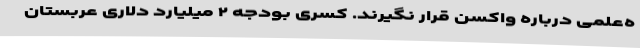
ه‌علمی درباره واکسن قرار نگیرند. کسری بودجه ۲ میلیارد دلاری عربستان